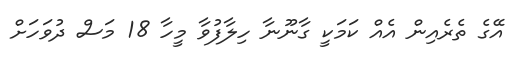
އޭގެ ތެރެއިން އެއް ކަމަކީ ގާނޫނާ ހިލާފުވާ މީހާ 18 މަސް ދުވަހަށް